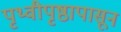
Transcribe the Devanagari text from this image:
पृथ्वीपृष्ठापासून